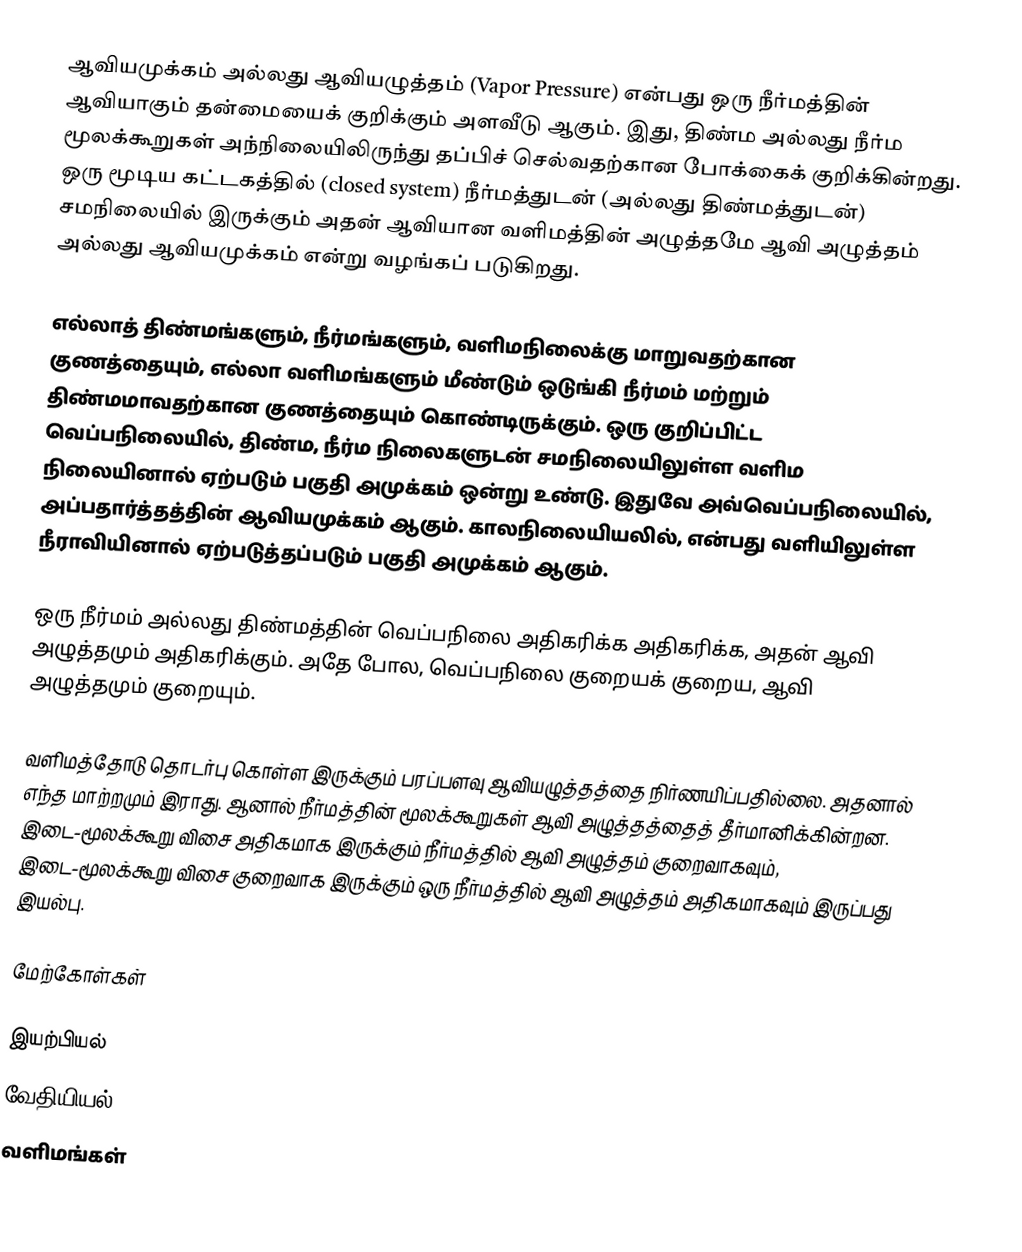
ஆவியமுக்கம் அல்லது ஆவியழுத்தம் (Vapor Pressure) என்பது ஒரு நீர்மத்தின் ஆவியாகும் தன்மையைக் குறிக்கும் அளவீடு ஆகும். இது, திண்ம அல்லது நீர்ம மூலக்கூறுகள் அந்நிலையிலிருந்து தப்பிச் செல்வதற்கான போக்கைக் குறிக்கின்றது. ஒரு மூடிய கட்டகத்தில் (closed system) நீர்மத்துடன் (அல்லது திண்மத்துடன்) சமநிலையில் இருக்கும் அதன் ஆவியான வளிமத்தின் அழுத்தமே ஆவி அழுத்தம் அல்லது ஆவியமுக்கம் என்று வழங்கப் படுகிறது.

எல்லாத் திண்மங்களும், நீர்மங்களும், வளிமநிலைக்கு மாறுவதற்கான குணத்தையும், எல்லா வளிமங்களும் மீண்டும் ஒடுங்கி நீர்மம் மற்றும் திண்மமாவதற்கான குணத்தையும் கொண்டிருக்கும். ஒரு குறிப்பிட்ட வெப்பநிலையில், திண்ம, நீர்ம நிலைகளுடன் சமநிலையிலுள்ள வளிம நிலையினால் ஏற்படும் பகுதி அமுக்கம் ஒன்று உண்டு. இதுவே அவ்வெப்பநிலையில், அப்பதார்த்தத்தின் ஆவியமுக்கம் ஆகும். காலநிலையியலில், என்பது வளியிலுள்ள நீராவியினால் ஏற்படுத்தப்படும் பகுதி அமுக்கம் ஆகும்.

ஒரு நீர்மம் அல்லது திண்மத்தின் வெப்பநிலை அதிகரிக்க அதிகரிக்க, அதன் ஆவி அழுத்தமும் அதிகரிக்கும். அதே போல, வெப்பநிலை குறையக் குறைய, ஆவி அழுத்தமும் குறையும்.

வளிமத்தோடு தொடர்பு கொள்ள இருக்கும் பரப்பளவு ஆவியழுத்தத்தை நிர்ணயிப்பதில்லை. அதனால் எந்த மாற்றமும் இராது. ஆனால் நீர்மத்தின் மூலக்கூறுகள் ஆவி அழுத்தத்தைத் தீர்மானிக்கின்றன. இடை-மூலக்கூறு விசை அதிகமாக இருக்கும் நீர்மத்தில் ஆவி அழுத்தம் குறைவாகவும், இடை-மூலக்கூறு விசை குறைவாக இருக்கும் ஒரு நீர்மத்தில் ஆவி அழுத்தம் அதிகமாகவும் இருப்பது இயல்பு.

மேற்கோள்கள்

இயற்பியல்
வேதியியல்
வளிமங்கள்